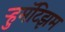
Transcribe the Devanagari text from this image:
ऱ्हुमॅटिझम